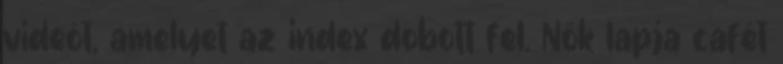
videót, amelyet az index dobott fel. Nők lapja cafét